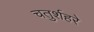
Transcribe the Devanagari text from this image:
चतुर्शहरे